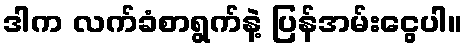
ဒါက လက်ခံစာရွက်နဲ့ ပြန်အမ်းငွေပါ။